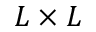
L \times L